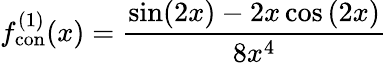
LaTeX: f_{\mathrm{con}}^{(1)}(x)=\frac{\sin(2x)-2x\cos\left(2x\right)}{8x^{4}}